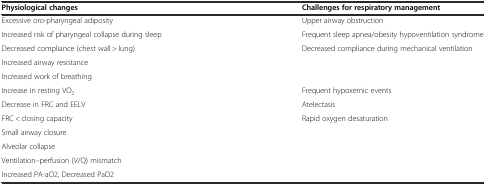
<table><thead><tr><td><b>Physiological changes</b></td><td><b>Challenges for respiratory management</b></td></tr></thead><tbody><tr><td>Excessive oro-pharyngeal adiposity</td><td>Upper airway obstruction</td></tr><tr><td>Increased risk of pharyngeal collapse during sleep</td><td>Frequent sleep apnea/obesity hypoventilation syndrome</td></tr><tr><td>Decreased compliance (chest wall &gt; lung)</td><td>Decreased compliance during mechanical ventilation</td></tr><tr><td>Increased airway resistance</td><td></td></tr><tr><td>Increased work of breathing</td><td></td></tr><tr><td>Increase in resting VO<sub>2</sub></td><td>Frequent hypoxemic events</td></tr><tr><td>Decrease in FRC and EELV</td><td>Atelectasis</td></tr><tr><td>FRC &lt; closing capacity</td><td>Rapid oxygen desaturation</td></tr><tr><td>Small airway closure</td><td></td></tr><tr><td>Alveolar collapse</td><td></td></tr><tr><td>Ventilation–perfusion (V/Q) mismatch</td><td></td></tr><tr><td>Increased PA-aO2, Decreased PaO2</td><td></td></tr></tbody></table>